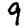
Digit: 9